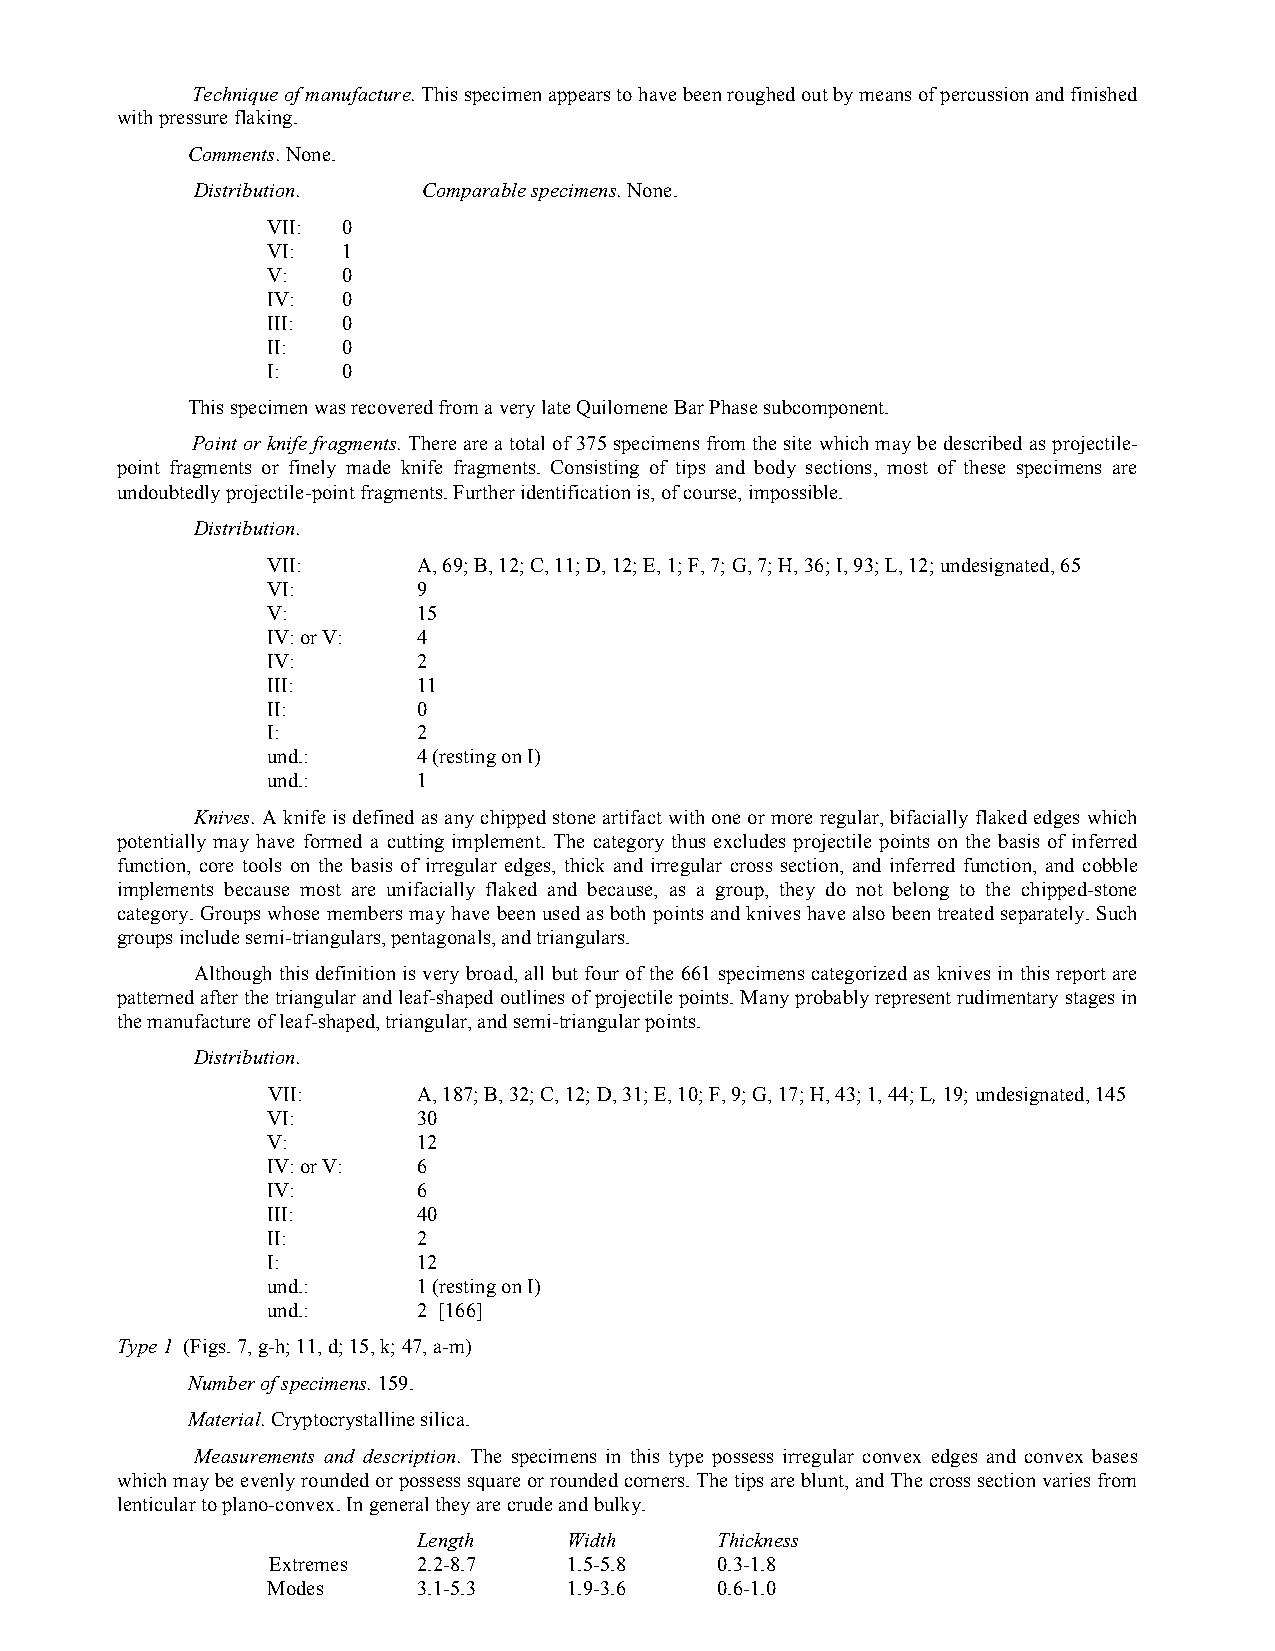
Technique of manufacture. This specimen appears to have been roughed out by means of percussion and finished
 with pressure flaking.
 Comments. None.
 Distribution.  Comparable specimens. None.
 VII: 0
 VI:  1
 V:   0
 IV:  0
 III: 0
 II:  0
 I:   0
 This specimen was recovered from a very late Quilomene Bar Phase subcomponent.
 Point or knife fragments. There are a total of 375 specimens from the site which may be described as projectile-
 point fragments or finely made knife fragments. Consisting of tips and body sections, most of these specimens are
 undoubtedly projectile-point fragments. Further identification is, of course, impossible.
 Distribution.
 VII:      A, 69; B, 12; C, 11; D, 12; E, 1; F, 7; G, 7; H, 36; I, 93; L, 12; undesignated, 65
 VI:       9
 V:        15
 IV: or V: 4
 IV:       2
 III:      11
 II:       0
 I:        2
 und.:     4 (resting on I)
 und.:     1
 Knives. A knife is defined as any chipped stone artifact with one or more regular, bifacially flaked edges which
 potentially may have formed a cutting implement. The category thus excludes projectile points on the basis of inferred
 function, core tools on the basis of irregular edges, thick and irregular cross section, and inferred function, and cobble
 implements because most are unifacially flaked and because, as a group, they do not belong to the chipped-stone
 category. Groups whose members may have been used as both points and knives have also been treated separately. Such
 groups include semi-triangulars, pentagonals, and triangulars.
 Although this definition is very broad, all but four of the 661 specimens categorized as knives in this report are
 patterned after the triangular and leaf-shaped outlines of projectile points. Many probably represent rudimentary stages in
 the manufacture of leaf-shaped, triangular, and semi-triangular points.
 Distribution.
 VII:      A, 187; B, 32; C, 12; D, 31; E, 10; F, 9; G, 17; H, 43; 1, 44; L, 19; undesignated, 145
 VI:       30
 V:        12
 IV: or V: 6
 IV:       6
 III:      40
 II:       2
 I:        12
 und.:     1 (resting on I)
 und.:     2 [166]
 Type 1 (Figs. 7, g-h; 11, d; 15, k; 47, a-m)
 Number of specimens. 159.
 Material. Cryptocrystalline silica.
 Measurements and description. The specimens in this type possess irregular convex edges and convex bases
 which may be evenly rounded or possess square or rounded corners. The tips are blunt, and The cross section varies from
 lenticular to plano-convex. In general they are crude and bulky.
 Length    Width    Thickness
 Extremes  2.2-8.7   1.5-5.8  0.3-1.8
 Modes     3.1-5.3   1.9-3.6  0.6-1.0